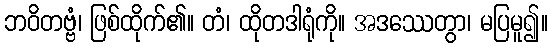
ဘဝိတဗ္ဗံ၊ ဖြစ်ထိုက်၏။ တံ၊ ထိုတဒါရုံကို။ အဒဿေတွာ၊ မပြမူ၍။